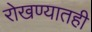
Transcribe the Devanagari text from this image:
रोखण्यातही